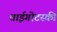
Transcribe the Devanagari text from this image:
वाईगोटस्की